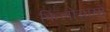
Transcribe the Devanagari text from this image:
किलोग्रामों